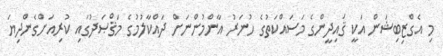
މި އެގްޒިބިޝަން އަކީ ޤައިދީންގެ މަސައްކަތުގެ ހުނަރު އާންމުންނަށް ދައްކާލުމުގެ މަޤްޞަދުގައި ކުރިއަށްގެންދިޔަ